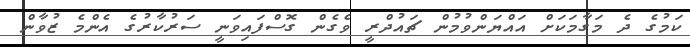
ކަމުގެ ދެ މަގާމަކަށް އައްޔަންވުމުން ޗައުދްރީ ވެގެން ގޮސްފައިވަނީ ސަރުކާރުގެ އެންމެ ޒުވާން